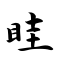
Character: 眭